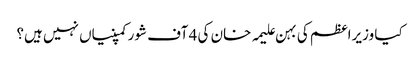
کیا وزیراعظم کی بہن علیمہ خان کی 4 آف شور کمپنیاں نہیں ہیں؟